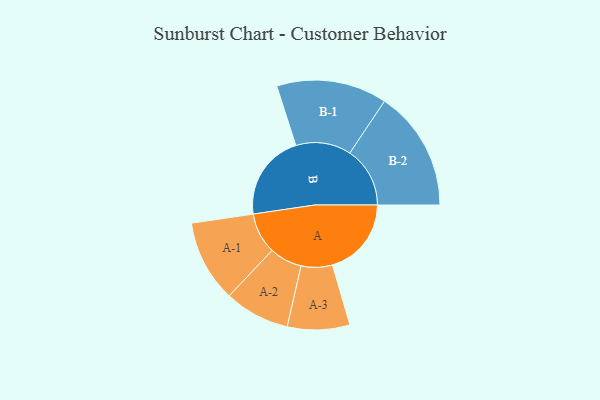
{"axis": {"x": "Segment", "y": "Value"}, "legend": ["", "A", "B"], "data": [{"x": "A", "y": 370, "type": ""}, {"x": "B", "y": 404, "type": ""}, {"x": "A-1", "y": 192, "type": "A"}, {"x": "A-2", "y": 153, "type": "A"}, {"x": "A-3", "y": 146, "type": "A"}, {"x": "B-1", "y": 259, "type": "B"}, {"x": "B-2", "y": 282, "type": "B"}]}